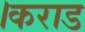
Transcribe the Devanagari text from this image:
।कराड